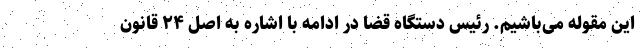
این مقوله می‌باشیم. رئیس دستگاه قضا در ادامه با اشاره به اصل ۲۴ قانون